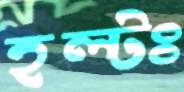
হল্টঃ